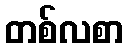
တစ်လစာ